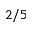
2 / 5